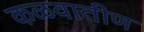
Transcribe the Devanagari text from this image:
कळवातीण